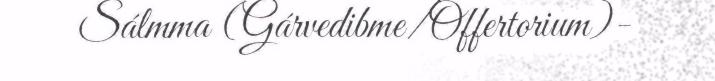
Sálmma (Gárvedibme/Offertorium)-